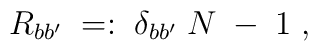
R_{bb^\prime} \; =: \; \delta_{bb^\prime} \; N \; - \; 1 \; ,